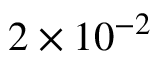
2 \times 1 0 ^ { - 2 }